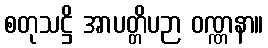
စတုသဋ္ဌိ အာပတ္တိပဉာ ဝဏ္ဏနာ။